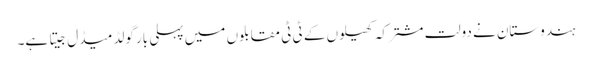
ہندوستان نے دولت مشترکہ کھیلوں کے ٹی ٹی مقابلوں میں پہلی بار گولڈ میڈل جیتا ہے۔